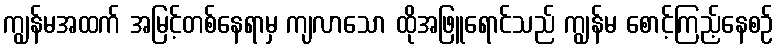
ကျွန်မအထက် အမြင့်တစ်နေရာမှ ကျလာသော ထိုအဖြူရောင်သည် ကျွန်မ စောင့်ကြည့်နေစဉ်